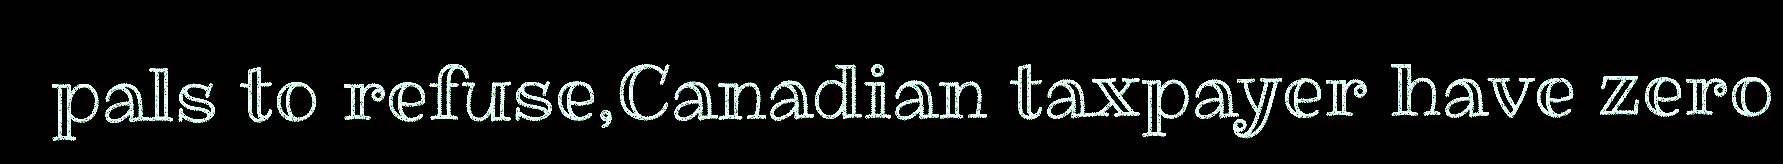
pals to refuse,Canadian taxpayer have zero